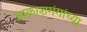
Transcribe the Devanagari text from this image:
आकाशगंगांच्या